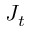
J _ { t }